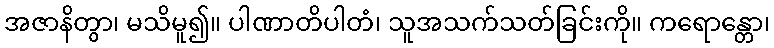
အဇာနိတွာ၊ မသိမူ၍။ ပါဏာတိပါတံ၊ သူအသက်သတ်ခြင်းကို။ ကရောန္တော၊